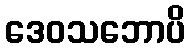
ဒေဝသဘောပိ